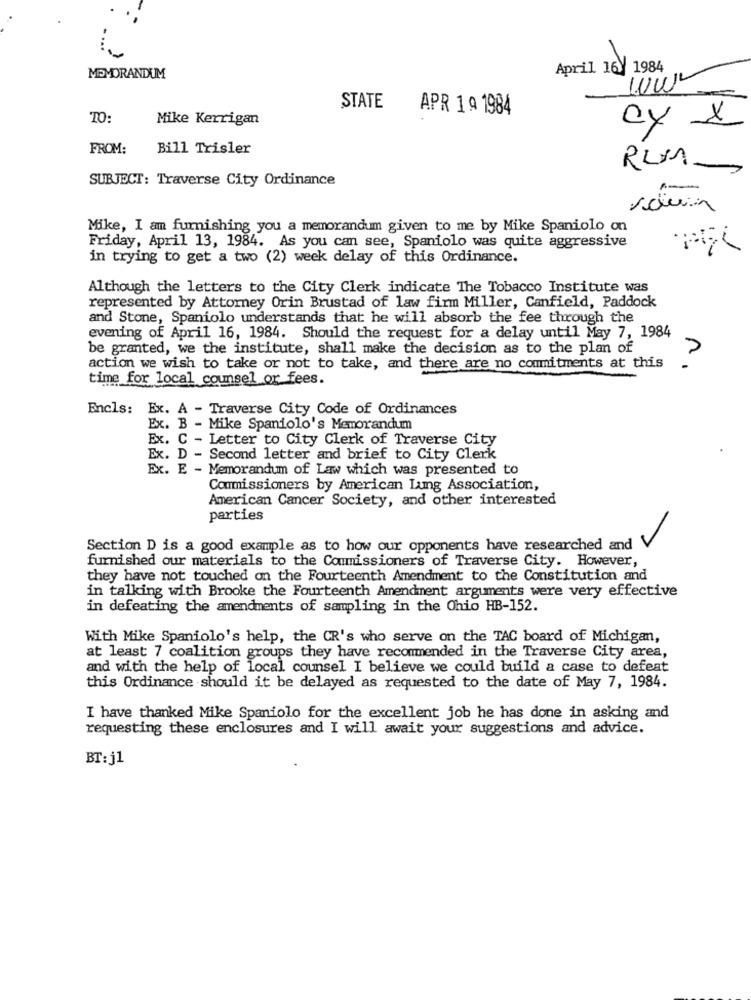
April 16/ 1984
MEMORANDUM
STATE
APR 1 º 1984
TO:
Mike Kerrigan
CY x
FROM:
Bill Trisler
SUBJECT: Traverse City Ordinance
Mike, I am furnishing you a memorandum given to me by Mike Spaniolo on
Friday, April 13, 1984. As you can see, Spaniolo was quite aggressive
in trying to get a two (2) week delay of this Ordinance.
Although the letters to the City Clerk indicate The Tobacco Institute was
represented by Attorney Orin Brustad of law firm Miller, Canfield, Paddock
and Stone, Spaniolo understands that he will absorb the fee through the
evening of April 16, 1984. Should the request for a delay until May 7, 1984
be granted, we the institute, shall make the decision as to the plan of
action we wish to take or not to take, and there are no commitments at this
n.
time for local counsel or fees.
Encls: Ex. A - Traverse City Code of Ordinances
Ex. B - Mike Spaniolo's Memorandum
Ex. C - Letter to City Clerk of Traverse City
Ex. D - Second letter and brief to City Clerk
Ex. E - Memorandum of Law which was presented to
Commissioners by American Lung Association,
American Cancer Society, and other interested
parties
Section D is a good example as to how our opponents have researched and
furnished our materials to the Commissioners of Traverse City. However,
they have not touched on the Fourteenth Amendment to the Constitution and
in talking with Brooke the Fourteenth Amendment arguments were very effective
in defeating the amendments of sampling in the Ohio HB-152.
With Mike Spaniolo's help, the CR's who serve on the TAC board of Michigan,
at least 7 coalition groups they have recommended in the Traverse City area,
and with the help of local counsel I believe we could build a case to defeat
this Ordinance should it be delayed as requested to the date of May 7, 1984.
I have thanked Mike Spaniolo for the excellent job he has done in asking and
requesting these enclosures and I will await your suggestions and advice.
BT:j1